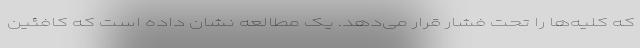
که کلیه‌ها را تحت فشار قرار می‌دهد. یک مطالعه نشان داده‌ است که کافئین